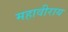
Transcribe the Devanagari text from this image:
महावीराय